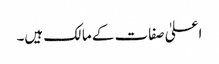
اعلیٰ صفات کے مالک ہیں۔